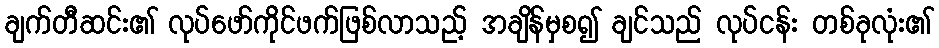
ချက်တီဆင်း၏ လုပ်ဖော်ကိုင်ဖက်ဖြစ်လာသည့် အချိန်မှစ၍ ချင်သည် လုပ်ငန်း တစ်ခုလုံး၏